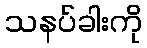
သနပ်ခါးကို